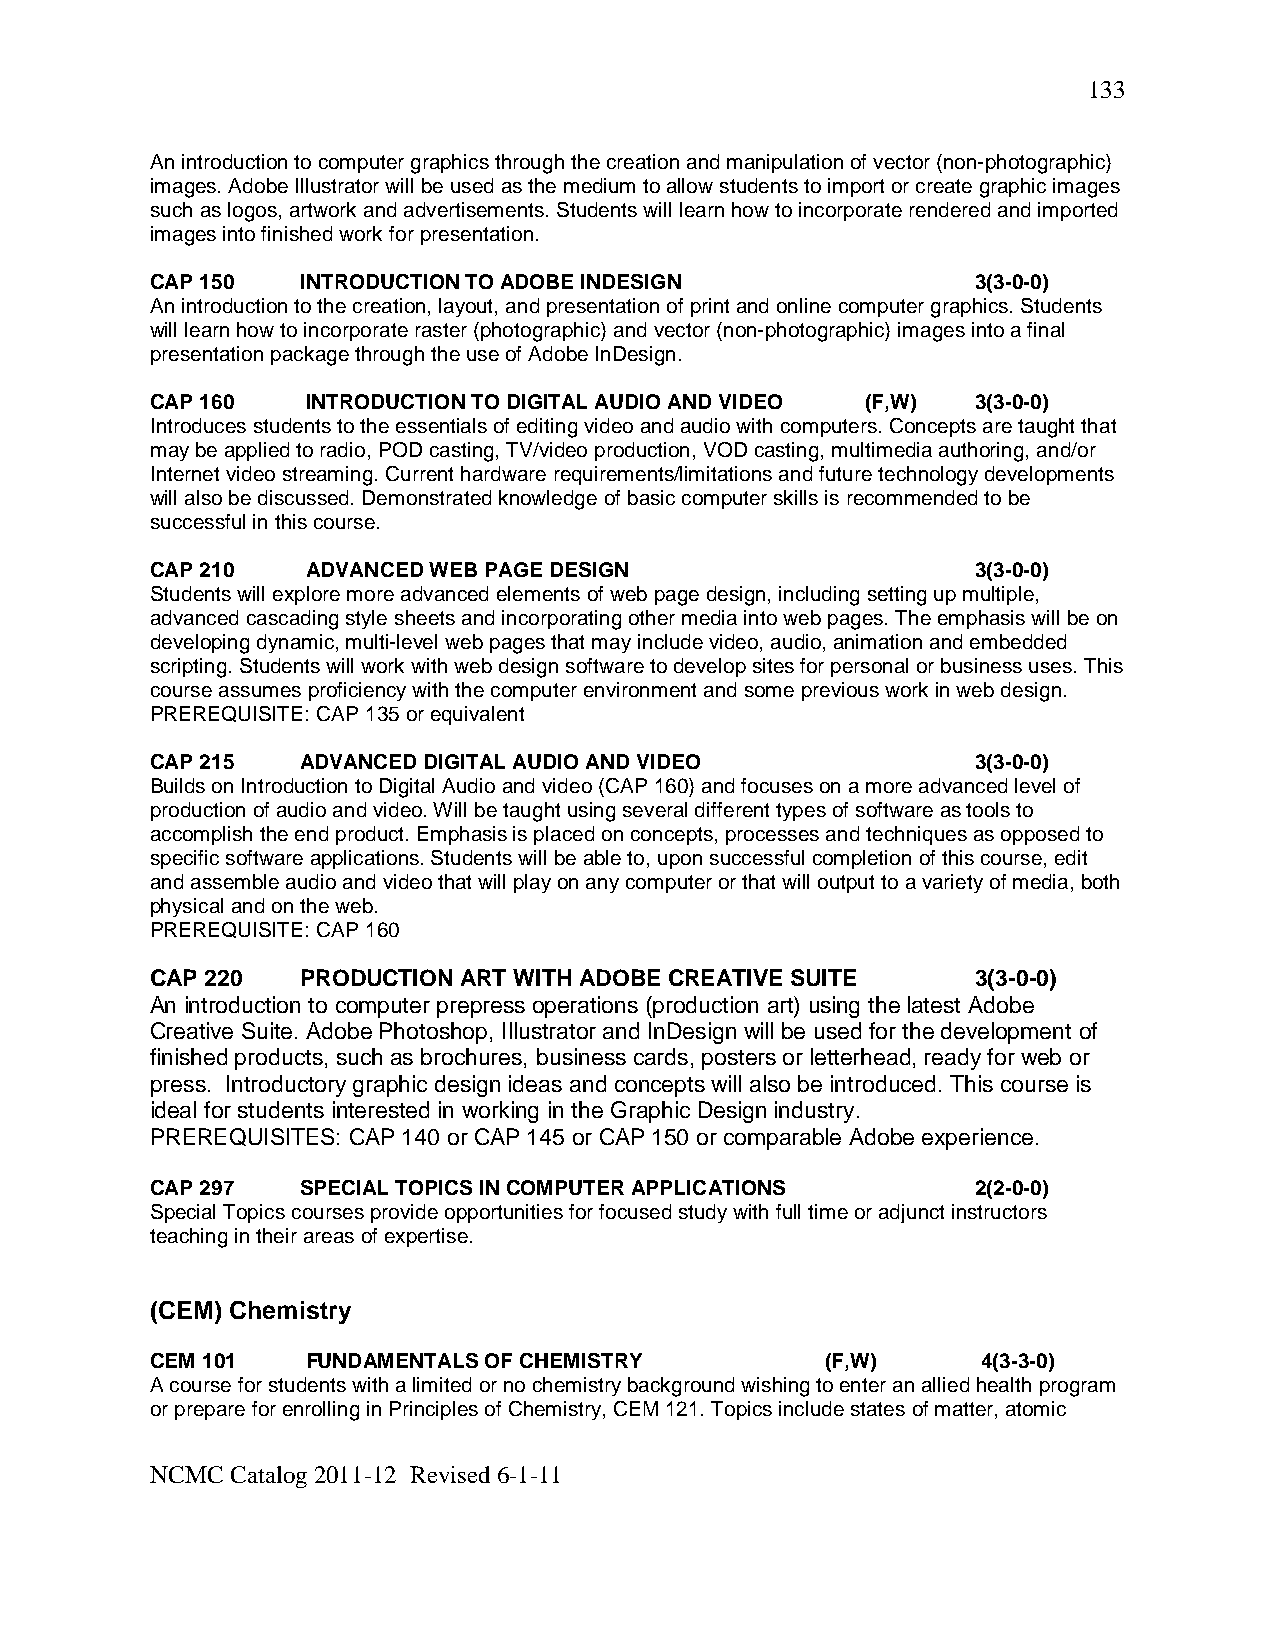
133
 An introduction to computer graphics through the creation and manipulation of vector (non-photographic)
 images. Adobe Illustrator will be used as the medium to allow students to import or create graphic images
 such as logos, artwork and advertisements. Students will learn how to incorporate rendered and imported
 images into finished work for presentation.
 CAP 150   INTRODUCTION TO ADOBE INDESIGN               3(3-0-0)
 An introduction to the creation, layout, and presentation of print and online computer graphics. Students
 will learn how to incorporate raster (photographic) and vector (non-photographic) images into a final
 presentation package through the use of Adobe InDesign.
 CAP 160   INTRODUCTION TO DIGITAL AUDIO AND VIDEO (F,W) 3(3-0-0)
 Introduces students to the essentials of editing video and audio with computers. Concepts are taught that
 may be applied to radio, POD casting, TV/video production, VOD casting, multimedia authoring, and/or
 Internet video streaming. Current hardware requirements/limitations and future technology developments
 will also be discussed. Demonstrated knowledge of basic computer skills is recommended to be
 successful in this course.
 CAP 210   ADVANCED WEB PAGE DESIGN                     3(3-0-0)
 Students will explore more advanced elements of web page design, including setting up multiple,
 advanced cascading style sheets and incorporating other media into web pages. The emphasis will be on
 developing dynamic, multi-level web pages that may include video, audio, animation and embedded
 scripting. Students will work with web design software to develop sites for personal or business uses. This
 course assumes proficiency with the computer environment and some previous work in web design.
 PREREQUISITE: CAP 135 or equivalent
 CAP 215   ADVANCED DIGITAL AUDIO AND VIDEO             3(3-0-0)
 Builds on Introduction to Digital Audio and video (CAP 160) and focuses on a more advanced level of
 production of audio and video. Will be taught using several different types of software as tools to
 accomplish the end product. Emphasis is placed on concepts, processes and techniques as opposed to
 specific software applications. Students will be able to, upon successful completion of this course, edit
 and assemble audio and video that will play on any computer or that will output to a variety of media, both
 physical and on the web.
 PREREQUISITE: CAP 160
 CAP 220   PRODUCTION ART WITH ADOBE CREATIVE SUITE     3(3-0-0)
 An introduction to computer prepress operations (production art) using the latest Adobe
 Creative Suite. Adobe Photoshop, Illustrator and InDesign will be used for the development of
 finished products, such as brochures, business cards, posters or letterhead, ready for web or
 press. Introductory graphic design ideas and concepts will also be introduced. This course is
 ideal for students interested in working in the Graphic Design industry.
 PREREQUISITES: CAP 140 or CAP 145 or CAP 150 or comparable Adobe experience.
 CAP 297   SPECIAL TOPICS IN COMPUTER APPLICATIONS      2(2-0-0)
 Special Topics courses provide opportunities for focused study with full time or adjunct instructors
 teaching in their areas of expertise.
 (CEM) Chemistry
 CEM 101   FUNDAMENTALS OF CHEMISTRY          (F,W)     4(3-3-0)
 A course for students with a limited or no chemistry background wishing to enter an allied health program
 or prepare for enrolling in Principles of Chemistry, CEM 121. Topics include states of matter, atomic
 NCMC Catalog 2011-12 Revised 6-1-11